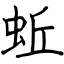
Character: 蚯